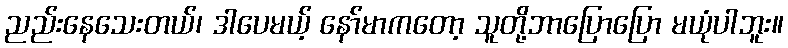
ညည်းနေသေးတယ်၊ ဒါပေမယ့် နော်မာကတော့ သူတို့ဘာပြောပြော မယုံပါဘူး။